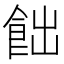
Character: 飿